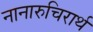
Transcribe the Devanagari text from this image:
नानारुचिरार्थ